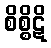
စိစ္စိဋိ